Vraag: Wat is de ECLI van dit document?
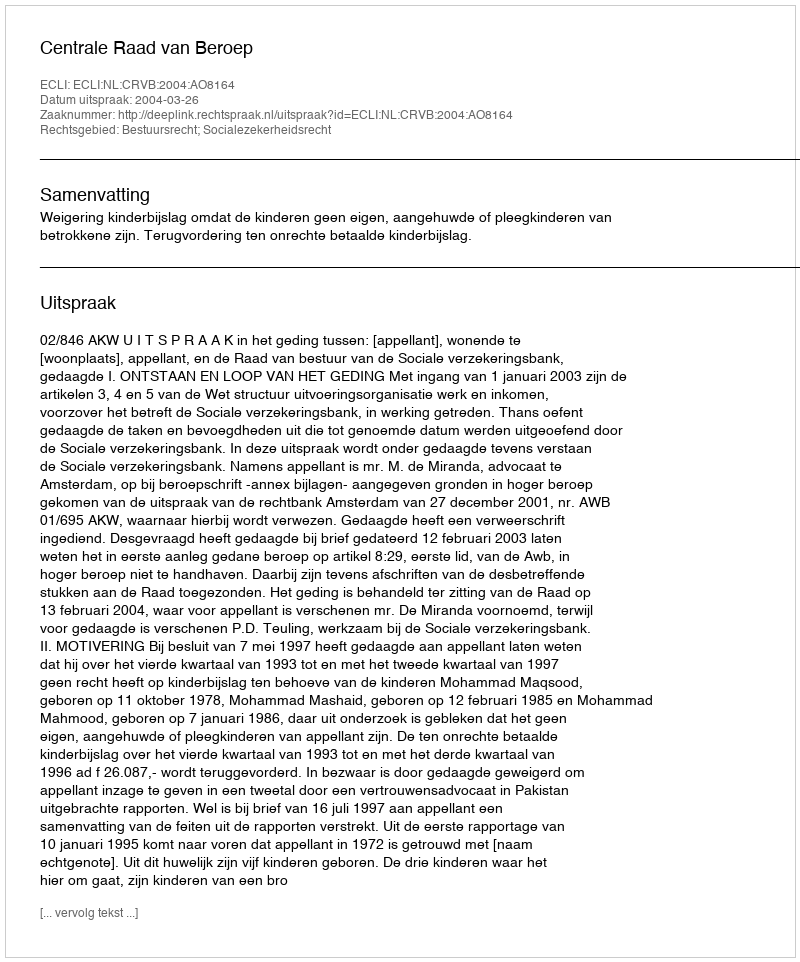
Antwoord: ECLI:NL:CRVB:2004:AO8164